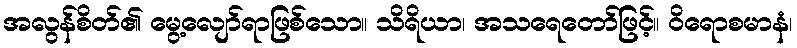
အလွန်စိတ်၏ မွေ့လျော်ရာဖြစ်သော။ သိရိယာ၊ အသရေတော်ဖြင့်။ ဝိရောစမာနံ၊